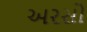
અરસો